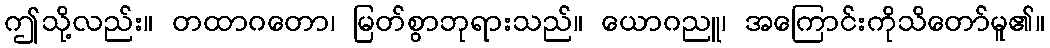
ဤသို့လည်း။ တထာဂတော၊ မြတ်စွာဘုရားသည်။ ယောဂညူ၊ အကြောင်းကိုသိတော်မူ၏။